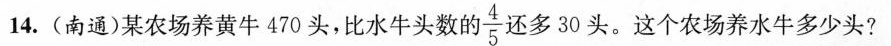
14.(南通)某农场养黄牛470头，比水牛头数的 \frac{4}{5}还 多30头。这个农场养水牛多少头?